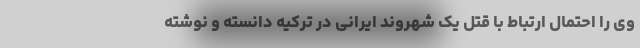
وی را احتمال ارتباط با قتل یک شهروند ایرانی در ترکیه دانسته و نوشته